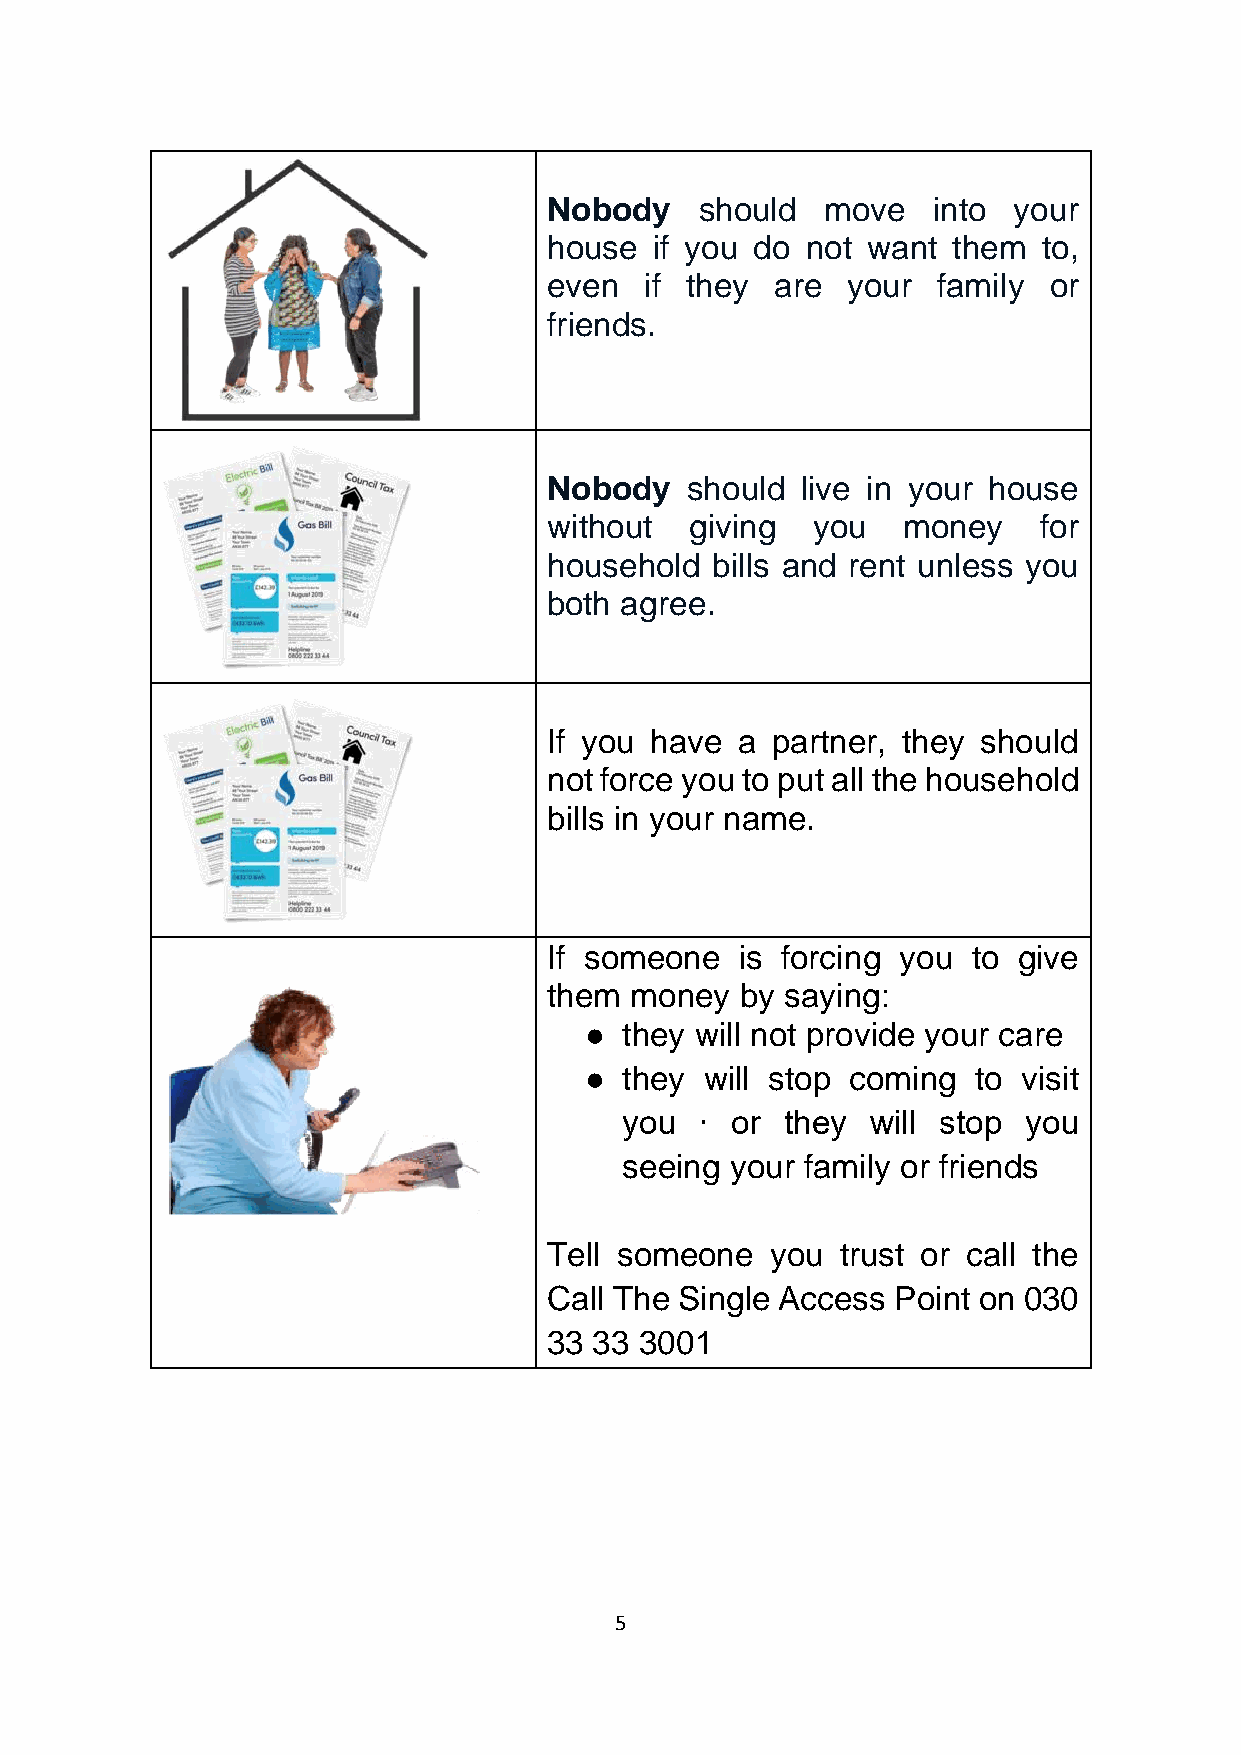
Nobody    should   move   into your
 house  if you do not want  them  to,
 even   if they are  your  family or
 friends.
 Nobody   should  live in your house
 without   giving  you   money    for
 household  bills and rent unless you
 both agree.
 If you have  a partner, they should
 not force you to put all the household
 bills in your name.
 If someone   is forcing you to give
 them  money  by saying:
 ● they will not provide your care
 ● they  will stop coming  to visit
 you  ∙ or  they  will stop you
 seeing your family or friends
 Tell someone   you  trust or call the
 Call The Single Access Point on 030
 33 33 3001
 5